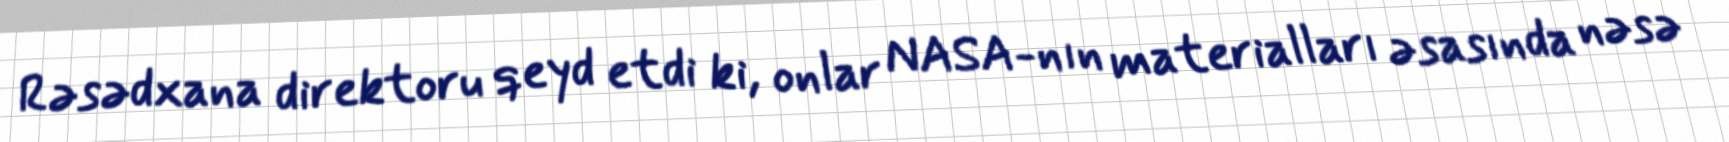
Rəsədxana direktoru qeyd etdi ki, onlar NASA-nın materialları əsasında nəsə